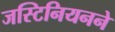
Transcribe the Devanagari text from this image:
जस्टिनियनने